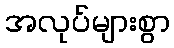
အလုပ်များစွာ